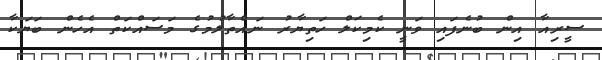
ސީރިއާ އިން ބުނެފައި ވަނީ ކެމިކަލް ހަތިޔާރު ނައްތާލުމުގެ މަސައްކަތް އެހެން ބަޔަކާ